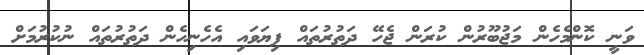
ވަނީ ކޮންމެހެން މަޖުބޫރުން ކުރަން ޖެހޭ ދަތުރުތައް ފިޔަވައި އެހެނިހެން ދަތުރުތައް ނުކުރުމަށް